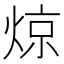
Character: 𬊣